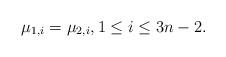
LaTeX: \begin{align*}\mu_{1,i}=\mu_{2,i},1\le i\le 3n-2.\end{align*}